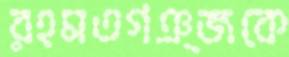
রহমতগঞ্জকে